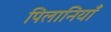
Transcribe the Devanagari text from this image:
पिलानियाँ